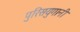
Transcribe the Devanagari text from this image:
पुरिसयुगानी